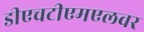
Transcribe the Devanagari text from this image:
डीएचटीएमएलवर